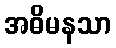
အဓိမနသာ